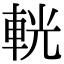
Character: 輄